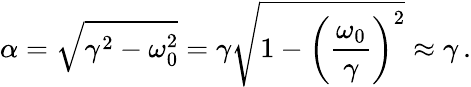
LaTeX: \alpha=\sqrt{\gamma^{2}-\omega_{0}^{2}}=\gamma\sqrt{1-\left(\frac{\omega_{0}}{\gamma}\right)^{2}}\approx\gamma\, .